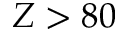
Z > 8 0